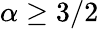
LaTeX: \alpha\ge 3/2